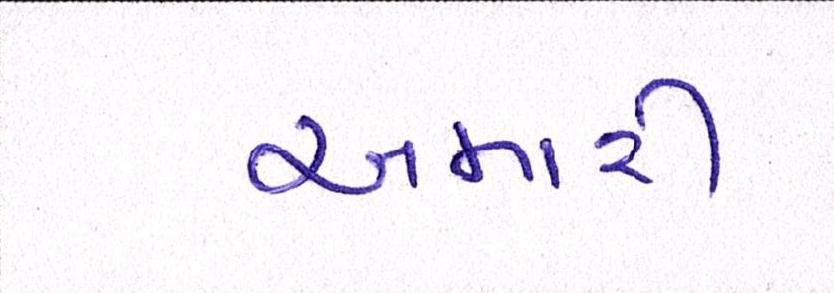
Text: અમારી